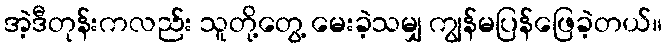
အဲ့ဒီတုန်းကလည်း သူတို့တွေ့ မေးခဲ့သမျှ ကျွန်မပြန်ဖြေခဲ့တယ်။